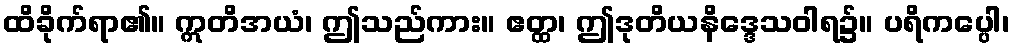
ထိခိုက်ရာ၏။ ဣတိအယံ၊ ဤသည်ကား။ ဧတ္ထ၊ ဤဒုတိယနိဒ္ဒေသဝါရ၌။ ပရိကပ္ပေါ၊